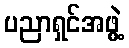
ပညာရှင်အဖွဲ့